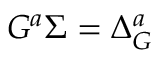
{ \cal G } ^ { a } \Sigma = \Delta _ { \cal G } ^ { a }